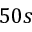
5 0 s